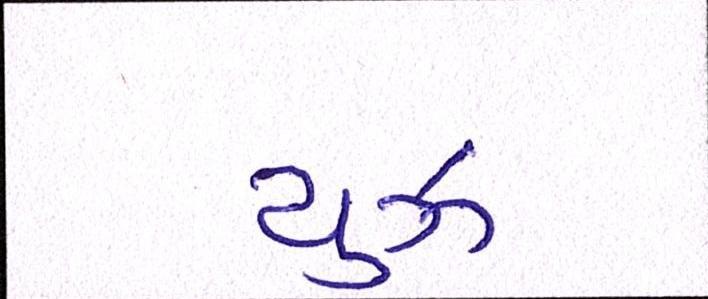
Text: યુઝ